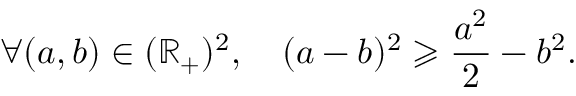
\forall ( a , b ) \in ( \mathbb { R } _ { + } ) ^ { 2 } , \quad ( a - b ) ^ { 2 } \geqslant \frac { a ^ { 2 } } { 2 } - b ^ { 2 } .